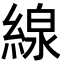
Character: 線